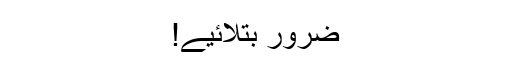
ضرور بتلائیے!